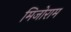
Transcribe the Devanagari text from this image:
मिजोराम